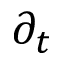
\partial _ { t }